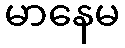
မာနေမ